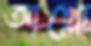
আগ্‌লো